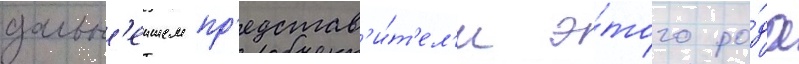
дальн'еишем пр'едстав'и́т'ел'и э́того ро́да